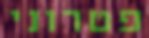
פטרוני